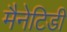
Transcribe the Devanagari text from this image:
मैनेटिडी